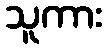
သူကား